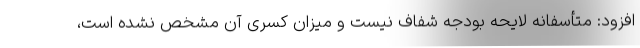
افزود: متأسفانه لایحه بودجه شفاف نیست و میزان کسری آن مشخص نشده است،